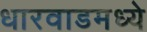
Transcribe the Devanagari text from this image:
धारवाडमध्ये